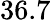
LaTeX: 36.7